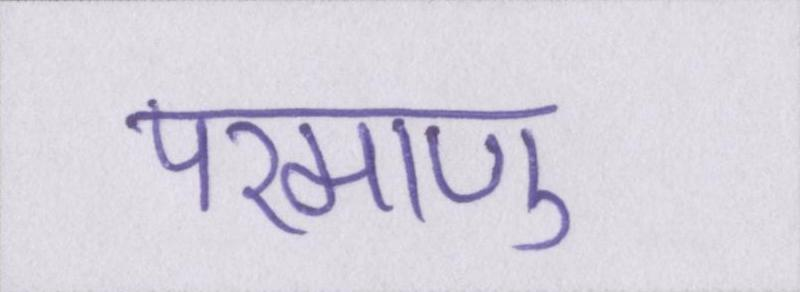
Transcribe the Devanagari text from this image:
परमाणु